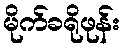
မိုက်ခရိုဖုန်း